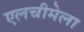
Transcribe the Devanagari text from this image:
एलचीमेला